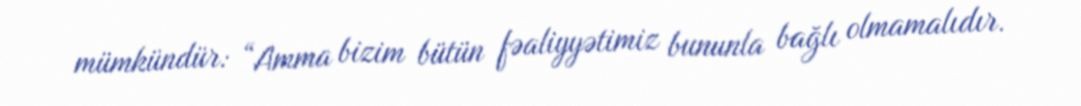
mümkündür: “Amma bizim bütün fəaliyyətimiz bununla bağlı olmamalıdır.